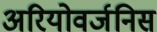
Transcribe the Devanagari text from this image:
अरियोवर्जनिस